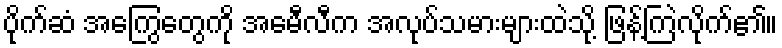
ပိုက်ဆံ အကြွေတွေကို အေမီလီက အလုပ်သမားများထဲသို့ ဖြန့်ကြဲလိုက်၏။